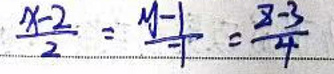
$\frac{x - 2}{2}=\frac{y - 1}{1}=\frac{z - 3}{4}$